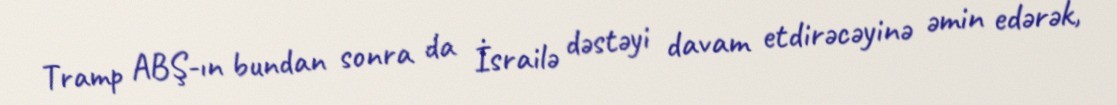
Tramp ABŞ-ın bundan sonra da İsrailə dəstəyi davam etdirəcəyinə əmin edərək,